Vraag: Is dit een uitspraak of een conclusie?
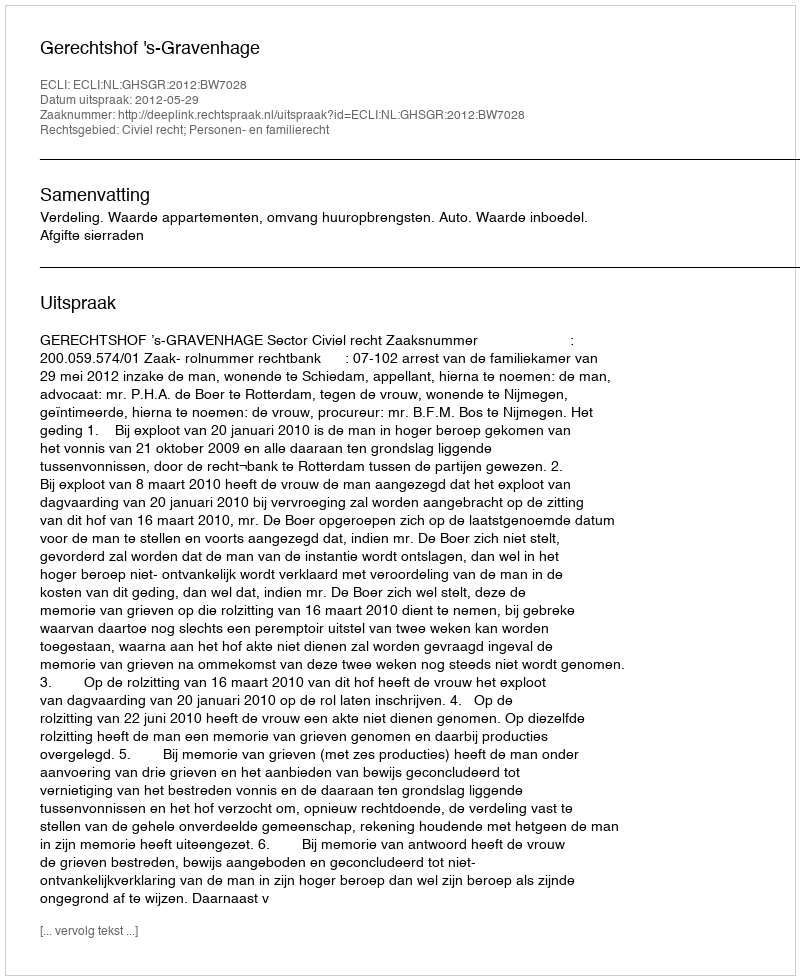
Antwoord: Uitspraak